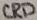
Text: GRD